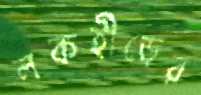
লকহীড়ের